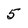
Character: 5